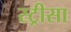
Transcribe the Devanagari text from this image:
स्ट्रीसा